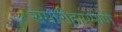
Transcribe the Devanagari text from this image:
समारोहाप्रमाणे